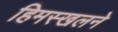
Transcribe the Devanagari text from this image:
हिमस्खलने